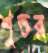
শুভর